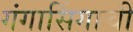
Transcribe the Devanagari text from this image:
गंगासिंगाची